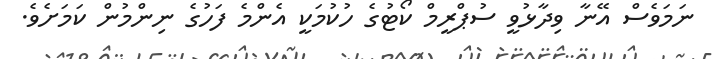
ނަމަވެސް އޭނާ ވިދާޅުވީ ސުޕްރީމް ކޯޓުގެ ހުކުމަކީ އެންމެ ފަހުގެ ނިންމުން ކަމަށެވެ.